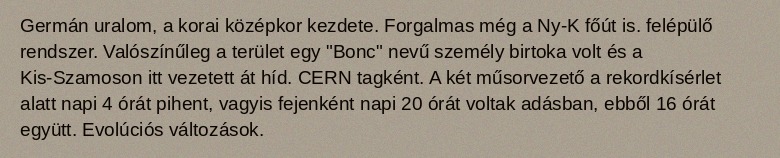
Germán uralom, a korai középkor kezdete. Forgalmas még a Ny-K főút is. felépülő rendszer. Valószínűleg a terület egy "Bonc" nevű személy birtoka volt és a Kis-Szamoson itt vezetett át híd. CERN tagként. A két műsorvezető a rekordkísérlet alatt napi 4 órát pihent, vagyis fejenként napi 20 órát voltak adásban, ebből 16 órát együtt. Evolúciós változások.